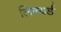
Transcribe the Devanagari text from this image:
लिन्यर्ड